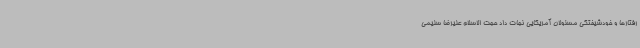
رفتارها و خودشیفتگی مسئولان آمریکایی نجات داد حجت الاسلام علیرضا سلیمی